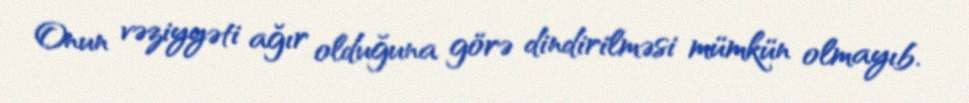
Onun vəziyyəti ağır olduğuna görə dindirilməsi mümkün olmayıb.